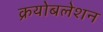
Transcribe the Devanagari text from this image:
क्रयोबलेशन